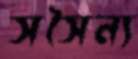
সসৈন্য